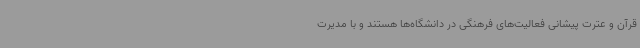
قرآن و عترت پیشانی فعالیت‌های فرهنگی در دانشگاه‌ها هستند و با مدیرت